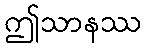
ဤသာနဿ